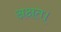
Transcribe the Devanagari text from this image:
अक्षत।